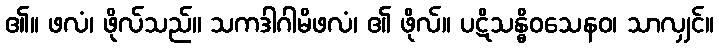
၏။ ဖလံ၊ ဖိုလ်သည်။ သကဒါဂါမိဖလံ၊ ၏ ဖိုလ်။ ပဋိသန္ဓိဝသေနဝ၊ သာလျှင်။